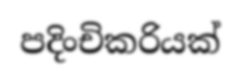
පදිංචිකරියක්